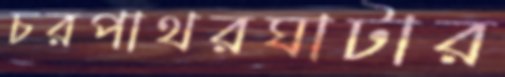
চরপাথরঘাটার